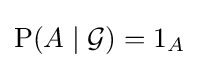
\operatorname {P} (A\mid {\mathcal {G}})=1_{A}